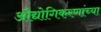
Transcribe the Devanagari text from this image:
औद्योगिकरणांच्या